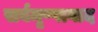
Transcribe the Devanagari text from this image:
सर्वमृष्षावाद